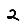
Digit: 2